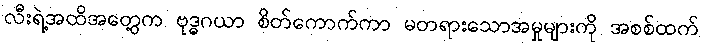
လီးရဲ့အထိအတွေ့က ဗုဒ္ဓဂယာ စိတ်ကောက်ကာ မတရားသောအမှုများကို အစစ်ထက်